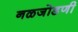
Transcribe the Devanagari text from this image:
नळजोडणी